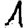
Digit: 1